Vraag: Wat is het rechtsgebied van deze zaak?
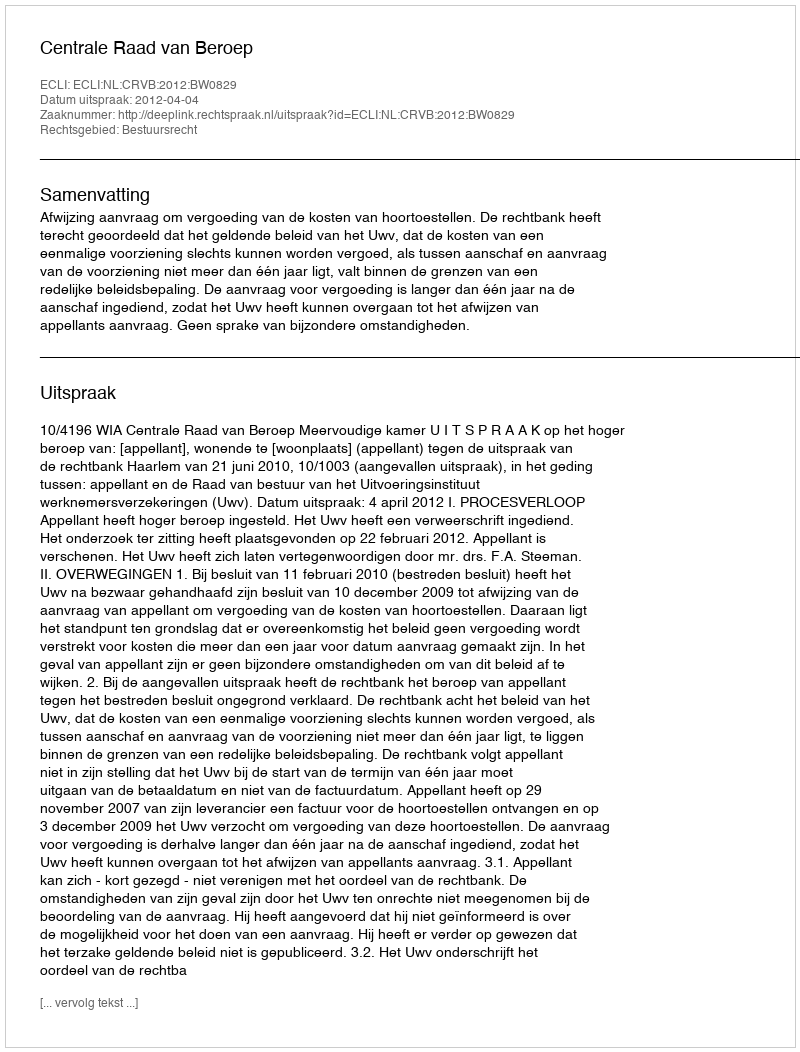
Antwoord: Bestuursrecht